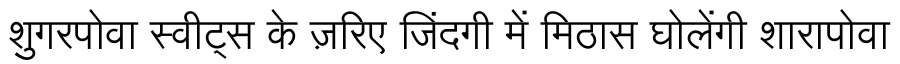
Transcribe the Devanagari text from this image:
शुगरपोवा स्वीट्स के ज़रिए जिंदगी में मिठास घोलेंगी शारापोवा